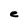
Character: e